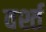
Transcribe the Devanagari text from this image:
वर्श्त